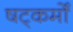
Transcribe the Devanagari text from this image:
षट्कर्मों